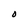
Character: O